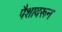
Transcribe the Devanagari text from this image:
पैशावरून